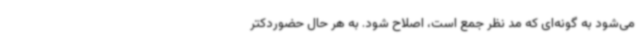
می‌شود به گونه‌ای که مد نظر جمع است، اصلاح شود. به هر حال حضوردکتر